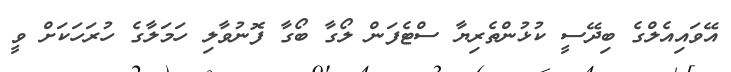
އޭވައިއެލްގެ ބިދޭސީ ކުޅުންތެރިޔާ ސްޓެފަން ލޯގާ ބޯގާ ފޮނުވާލި ހަމަލާގެ ހުރަހަކަށް ވީ